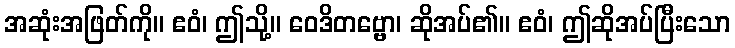
အဆုံးအဖြတ်ကို။ ဧဝံ၊ ဤသို့။ ဝေဒိတဗ္ဗော၊ ဆိုအပ်၏။ ဧဝံ၊ ဤဆိုအပ်ပြီးသော